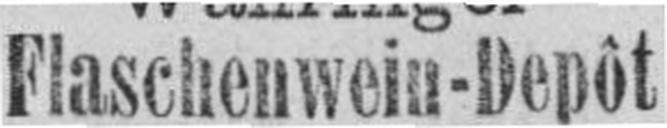
Flaschenwein-Depôt